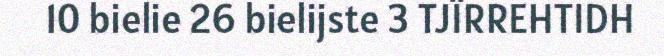
10 bielie 26 bielijste 3 TJÏRREHTIDH